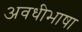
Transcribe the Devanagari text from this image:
अवधीभाषा